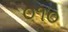
૦૧૦